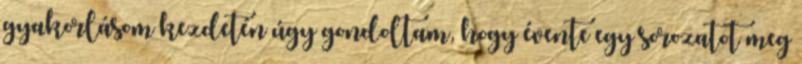
gyakorlásom kezdetén úgy gondoltam, hogy évente egy sorozatot meg